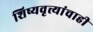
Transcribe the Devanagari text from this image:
शिष्यवृत्त्यांचाही